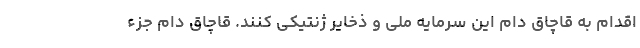
اقدام به قاچاق دام این سرمایه ملی و ذخایر ژنتیکی کنند. قاچاق دام جزء